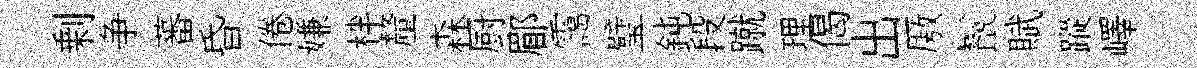
剰争蕃昏倦嫌柈釐森厨郿靄璧鈍段蹴理偈出厫鬣賦蹤嶧